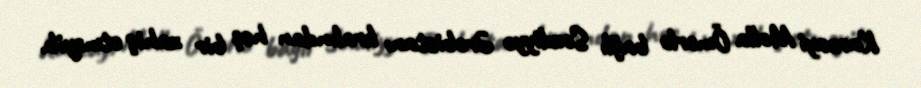
Karzayi Molla Ömərlə bağlı Səudiyyə Ərəbistanı kralından heç bir xahiş etməyib.